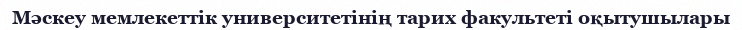
Мәскеу мемлекеттік университетінің тарих факультеті оқытушылары